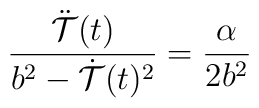
{ \ddot{\cal T}(t) \over b^2 - \dot{\cal T}(t)^2} = {\alpha \over 2 b^2}